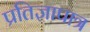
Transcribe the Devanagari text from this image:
प्रतिज्ञापात्र